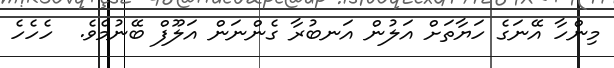
މިންހާ އޭނަގެ ހަޔާތަށް އަލުން އަނބުރާ ގެންނަން އަލޫފް ބޭނުމެވެ.  ހެހެހެ